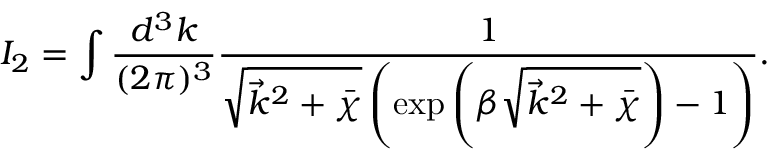
I _ { 2 } = \int \frac { d ^ { 3 } k } { ( 2 \pi ) ^ { 3 } } \frac { 1 } { \sqrt { \vec { k } ^ { 2 } + \bar { \chi } } \left( \exp \left( \beta \sqrt { \vec { k } ^ { 2 } + \bar { \chi } } \right) - 1 \right) } .